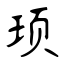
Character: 顼